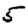
Digit: 5